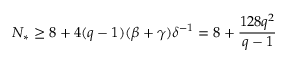
N _ { * } \geq 8 + 4 ( q - 1 ) ( \beta + \gamma ) \delta ^ { - 1 } = 8 + \frac { 1 2 8 q ^ { 2 } } { q - 1 }